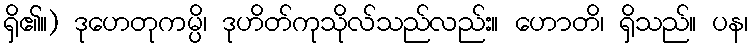
ရှိ၏။) ဒုဟေတုကမ္ပိ၊ ဒုဟိတ်ကုသိုလ်သည်လည်း။ ဟောတိ၊ ရှိသည်။ ပန၊